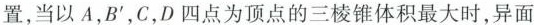
置，当以A，B^{\prime}，C，D四点为顶点的三棱锥体积最大时，异面